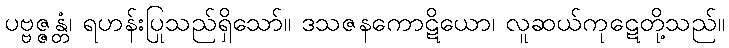
ပဗ္ဗဇ္ဇန္တံ၊ ရဟန်းပြုသည်ရှိသော်။ ဒသဇနကောဋိယော၊ လူဆယ်ကုဋေတို့သည်။